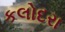
કલોદરા